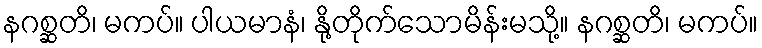
နဂစ္ဆတိ၊ မကပ်။ ပါယမာနံ၊ နို့တိုက်သောမိန်းမသို့။ နဂစ္ဆတိ၊ မကပ်။